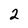
Character: 2